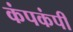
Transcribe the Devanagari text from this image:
कंपकंपीं